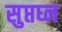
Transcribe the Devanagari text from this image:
सुप्तघ्न